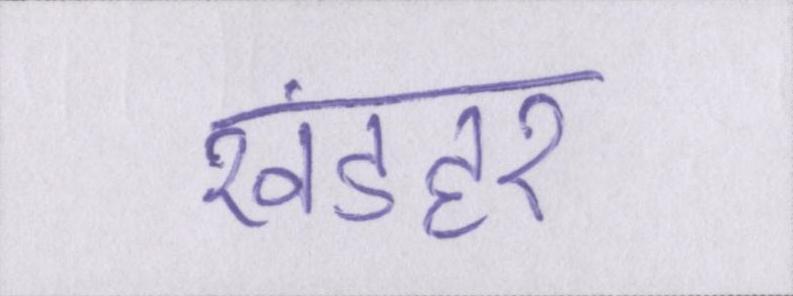
खंडहर